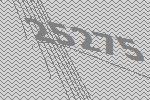
25275